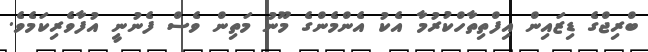
ބްރިޖްގެ ޑިޒައިން އިފްތިތާހްކުރުމާ އެކު އެންމެންގެ މޫނު މަތިން ވެސް ފެނުނީ އުފާވެރިކަމެވެ.